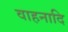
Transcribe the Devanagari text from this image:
वाहनादि